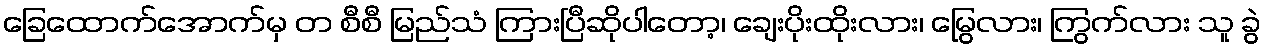
ခြေထောက်အောက်မှ တ စီစီ မြည်သံ ကြားပြီဆိုပါတော့၊ ချေးပိုးထိုးလား၊ မြွေလား၊ ကြွက်လား သူ ခွဲ